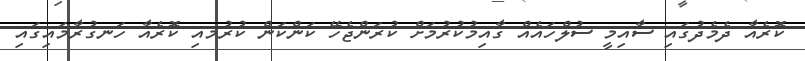
ކޮރެއާ ދެމެދުގައި ސާއިމީ ސުލްހައެއް ގާއިމުކުރުމަށް ކުރަންޖެހޭ ކަންކަން ކުރުމއި ކޮރެއާ ހަނގުރާމައިގައި